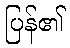
ပြန်၏